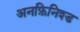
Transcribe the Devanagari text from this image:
अनफ़िनिश्ड